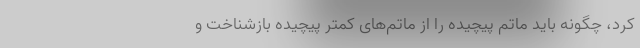
کرد، چگونه باید ماتم پیچیده را از ماتم‌های کمتر پیچیده بازشناخت و